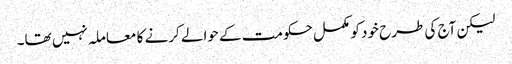
لیکن آج کی طرح خود کو مکمل حکومت کے حوالے کرنے کا معاملہ نہیں تھا۔